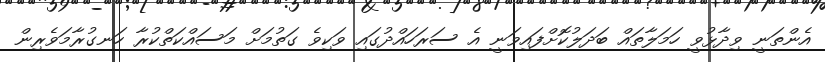
އެންތަނީ ވިދާޅުވީ ހަމަލާތައް ބަދަލުކޮށްފައިވަނީ އެ ސަރަހައްދުގައި ވަކިވެ ގަތުމަށް މަސައްކަތްކުރާ ހަނގުރާމަވެރިން